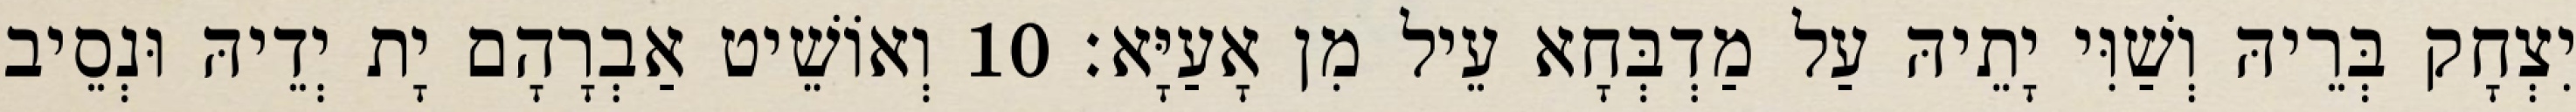
יִצְחָק בְּרֵיהּ וְשַׁוִּי יָתֵיהּ עַל מַדְבְּחָא עֵיל מִן אָעַיָּא׃ 10 וְאוֹשֵׁיט אַבְרָהָם יָת יְדֵיהּ וּנְסֵיב